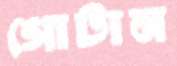
গোটান